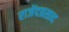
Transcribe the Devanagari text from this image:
राजेंदप्रसाद